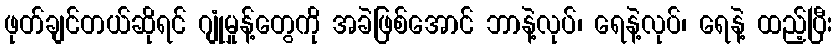
ဖုတ်ချင်တယ်ဆိုရင် ဂျုံမှုန့်တွေကို အခဲဖြစ်အောင် ဘာနဲ့လုပ်၊ ရေနဲ့လုပ်၊ ရေနဲ့ ထည့်ပြီး